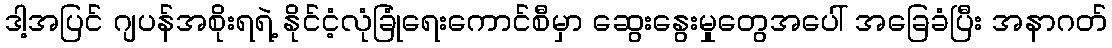
ဒါ့အပြင် ဂျပန်အစိုးရရဲ့ နိုင်ငံ့လုံခြုံရေးကောင်စီမှာ ဆွေးနွေးမှုတွေအပေါ် အခြေခံပြီး အနာဂတ်